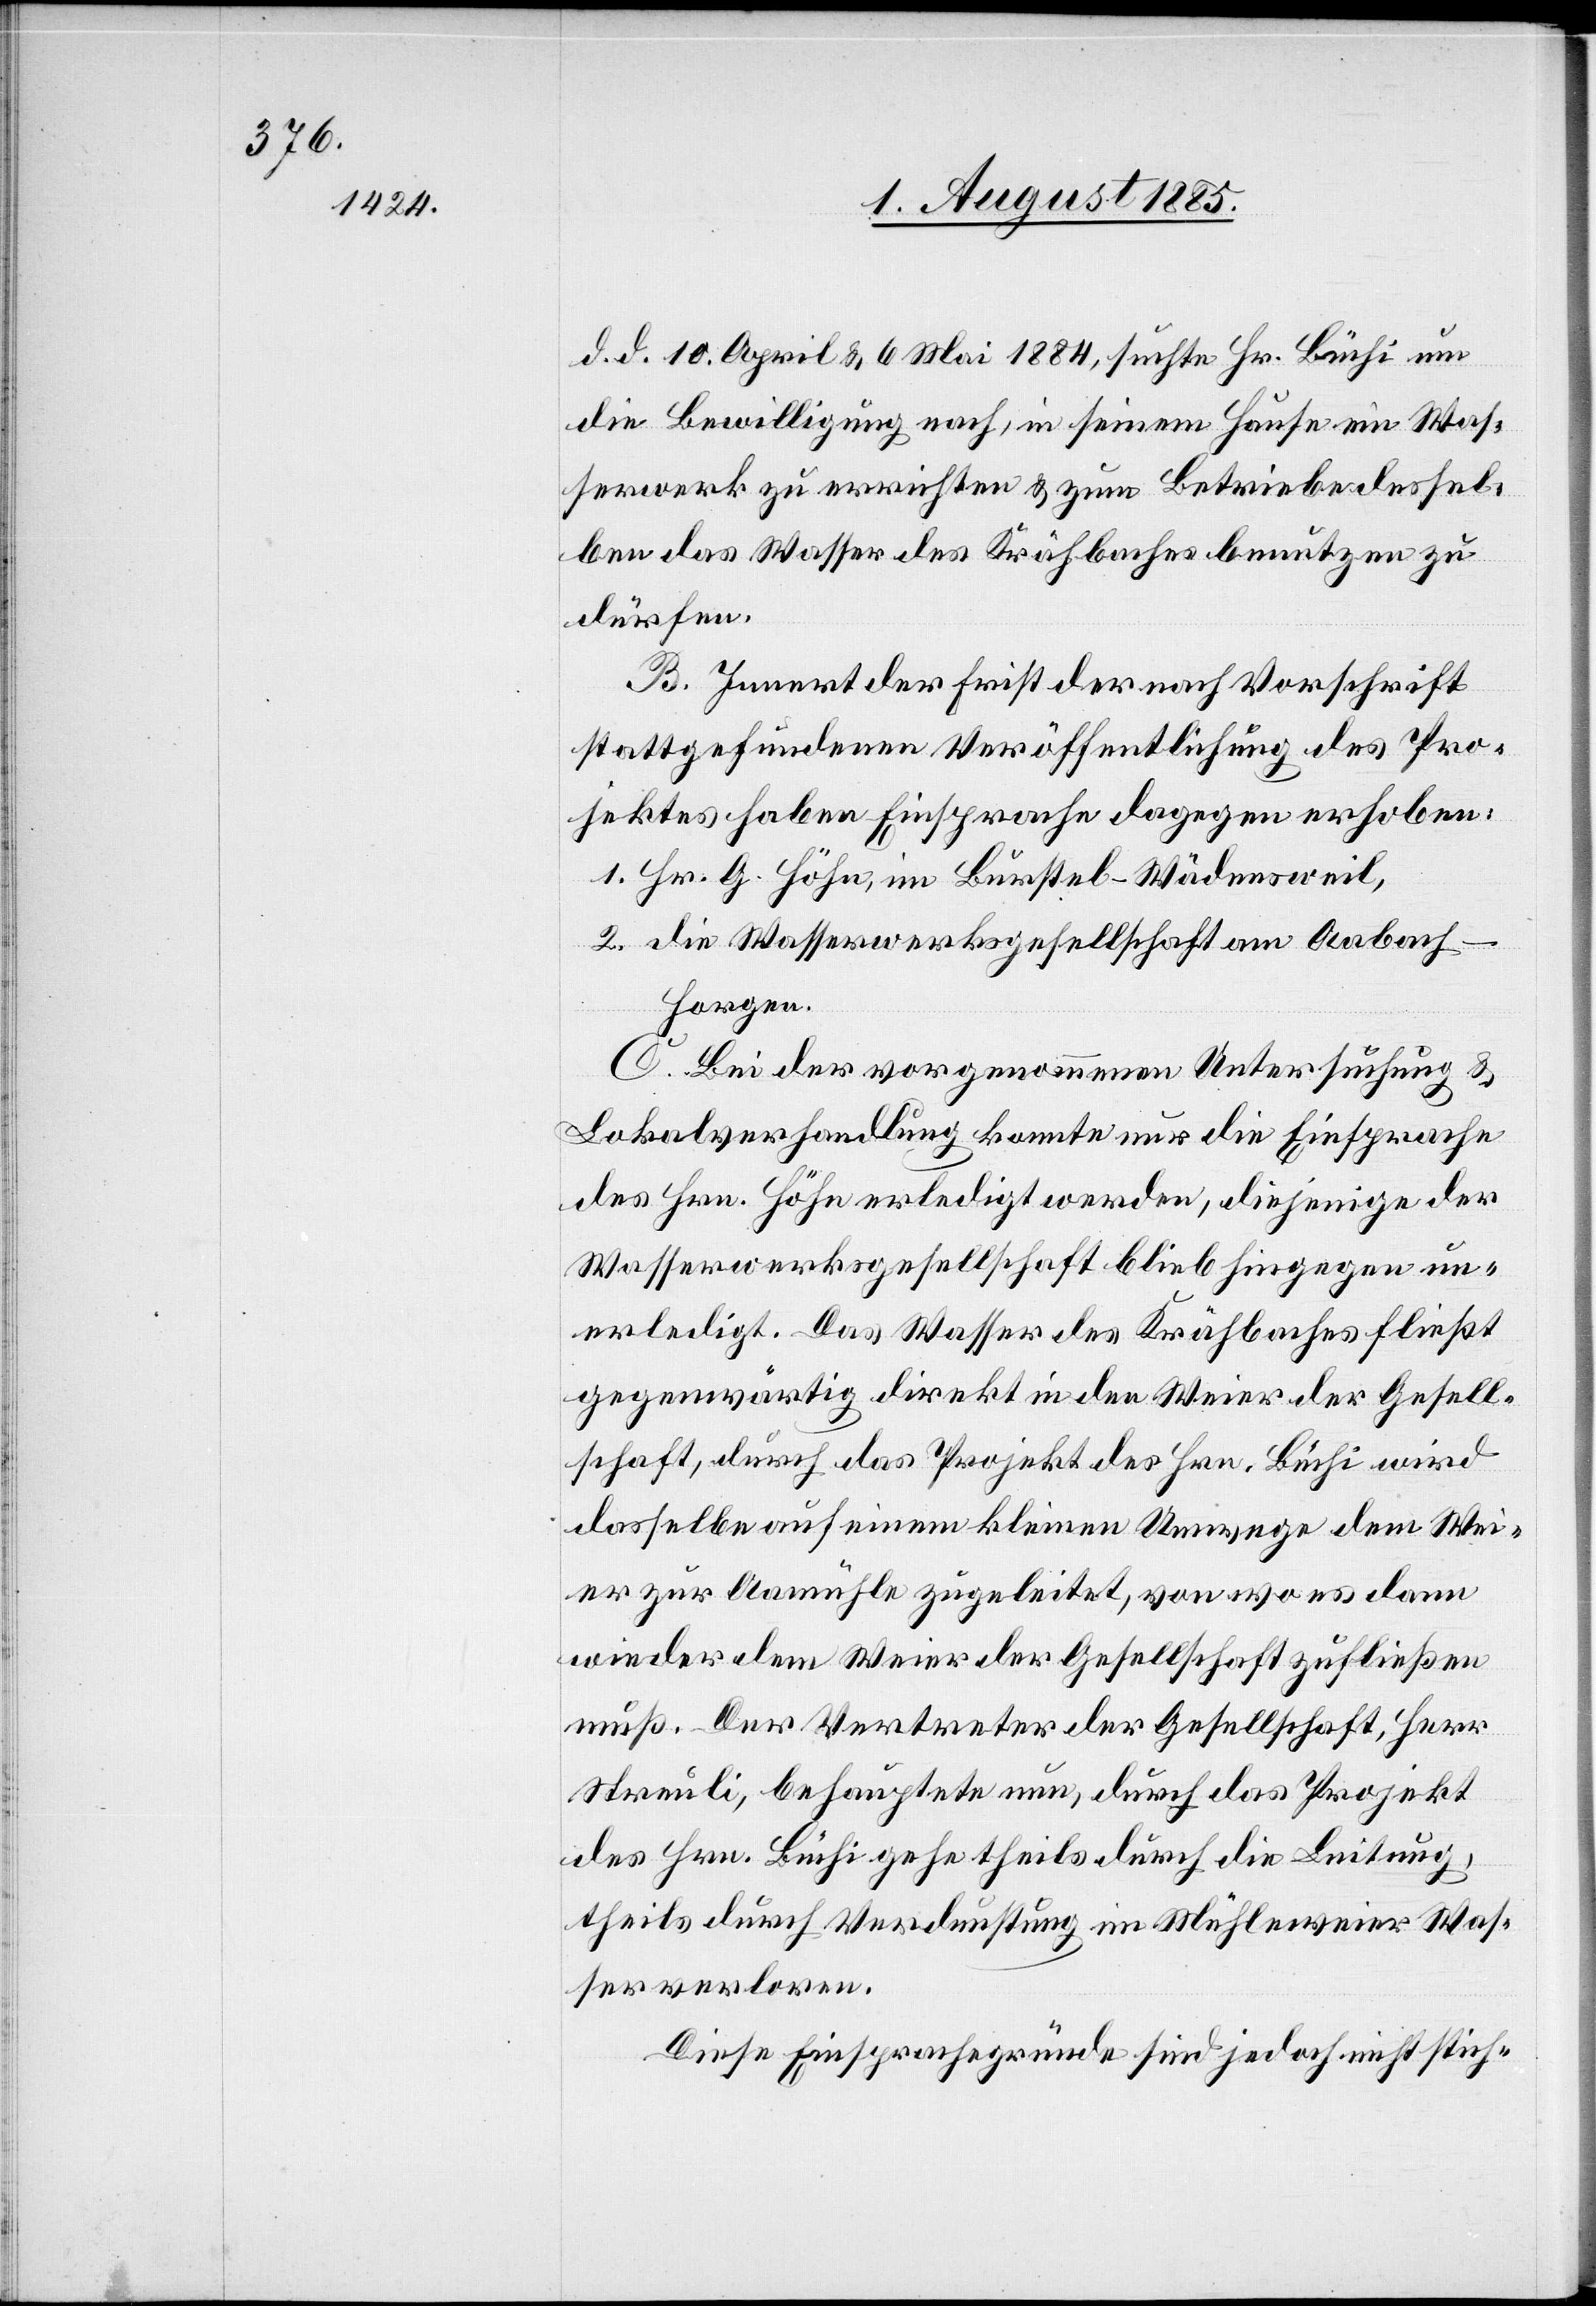
d. d. 10. April & 6. Mai 1884, suchte Hr. Büchi um
die Bewilligung nach, in seinem Hause ein Was¬
serwerk zu errichten & zum Betriebe dessel¬
ben das Wasser des Krähbaches benutzen zu
dürfen.
B. Innert der Frist der nach Vorschrift
stattgefundenen Veröffentlichung des Pro¬
jektes haben Einsprachen dagegen erhoben:
1. Hr. G. Höhn, im Burstel - Wädensweil,
2. die Wasserwerksgesellschaft am Aabach
Horgen.
C. Bei der vorgenommenen Untersuchung &
Lokalverhandlung konnte nur die Einsprache
des Hrn. Höhn erledigt werden, diejenige der
Wasserwerksgesellschaft blieb hingegen un¬
erledigt. Das Wasser des Krähbaches fließt
gegenwärtig direkt in den Weier der Gesell¬
schaft, durch das Projekt des Hrn. Büchi wird
dasselbe auf einem kleinen Umwege dem Wei¬
er zur Aamühle zugeleitet, von wo es dann
wieder dem Weier der Gesellschaft zufließen
muß. Der Vertreter der Gesellschaft, Herr
Streuli, behauptete nun, durch das Projekt
des Hrn. Büchi gehe theils durch die Leitung,
theils durch Verdunstung im Mühleweier Was¬
ser verloren.
Diese Einsprachegründe sind jedoch nicht stich-